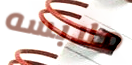
ملابسه